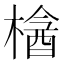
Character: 𣘞